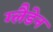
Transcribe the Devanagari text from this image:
ग्लैडेन